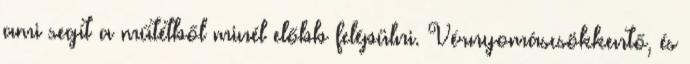
ami segít a műtétből minél előbb felépülni. Vérnyomáscsökkentő, és